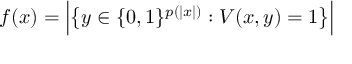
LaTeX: f ( x ) = { \Big | } { \big \{ } y \in \{ 0 , 1 \} ^ { p ( | x | ) } : V ( x , y ) = 1 { \big \} } { \Big | }